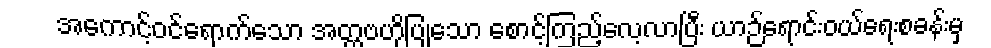
အကောင့်ဝင်ရောက်သော အတ္တဗဟိုပြုသော စောင့်ကြည့်လေ့လာပြီး ယာဉ်ရောင်းဝယ်ရေးစခန်းမှ